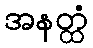
အနတ္ထံ